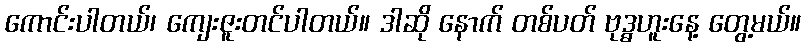
ကောင်းပါတယ်၊ ကျေးဇူးတင်ပါတယ်။ ဒါဆို နောက် တစ်ပတ် ဗုဒ္ဓဟူးနေ့ တွေ့မယ်။